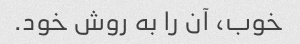
خوب، آن را به روش خود.